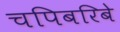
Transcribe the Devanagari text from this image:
चपिबरिबे